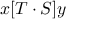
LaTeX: x [ T \cdot S ] y